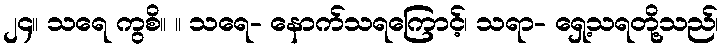
၂၄။ သရေ ကွစိ။ ။ သရေ- နောက်သရကြောင့်၊ သရာ- ရှေ့သရတို့သည်၊